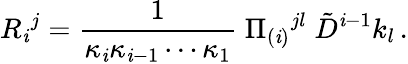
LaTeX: R_{\mathit{i}}{}^{j}={\frac{{1}}{{\kappa_{\mathit{i}}\kappa_{\mathit{i}-1}\cdots\kappa_{1}}}}\; \Pi_{(\mathit{i})}{}^{jl}\; \tilde{{D}}^{\mathit{i}-1}k_{l}\, .